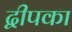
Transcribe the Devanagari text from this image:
द्वीपका